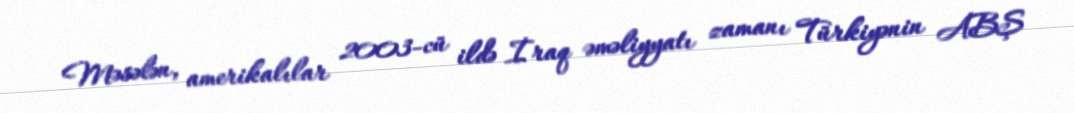
Məsələn, amerikalılar 2003-cü ildə İraq əməliyyatı zamanı Türkiyənin ABŞ